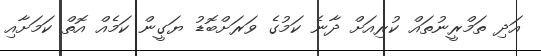
އަދި ތަމްރީނުތައް ކުރިއަށް ދާނެ ކަމުގެ ވަރަށްބޮޑު ޔަގީން ކަމެއް އޮތް ކަމަށާއި